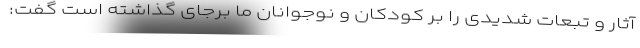
آثار و تبعات شدیدی را بر کودکان و نوجوانان ما برجای گذاشته است گفت: